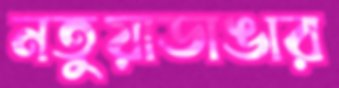
নতুয়াডাঙার